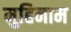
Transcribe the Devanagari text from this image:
मुहिनाम